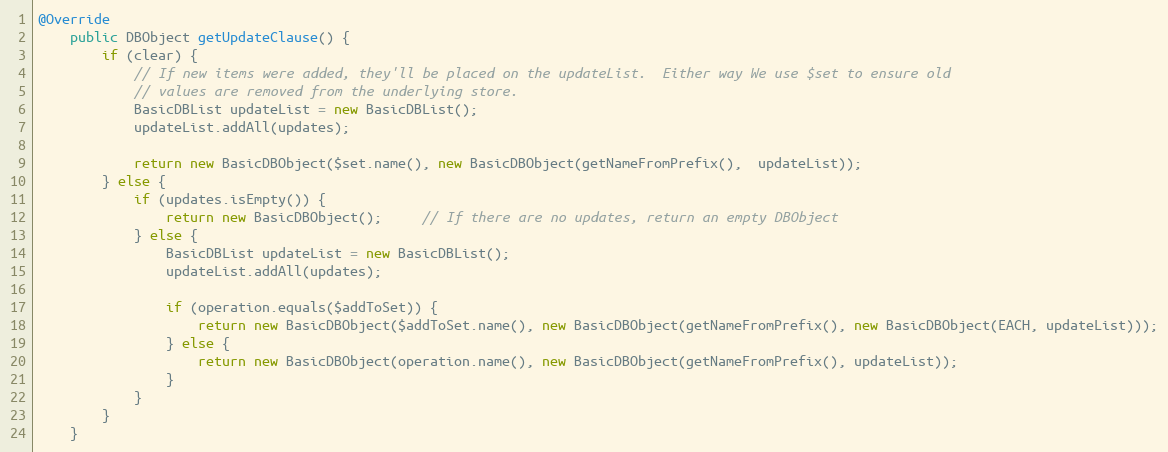
Language: Java
@Override
    public DBObject getUpdateClause() {
        if (clear) {
            // If new items were added, they'll be placed on the updateList.  Either way We use $set to ensure old
            // values are removed from the underlying store.
            BasicDBList updateList = new BasicDBList();
            updateList.addAll(updates);

            return new BasicDBObject($set.name(), new BasicDBObject(getNameFromPrefix(),  updateList));
        } else {
            if (updates.isEmpty()) {
                return new BasicDBObject();     // If there are no updates, return an empty DBObject
            } else {
                BasicDBList updateList = new BasicDBList();
                updateList.addAll(updates);

                if (operation.equals($addToSet)) {
                    return new BasicDBObject($addToSet.name(), new BasicDBObject(getNameFromPrefix(), new BasicDBObject(EACH, updateList)));
                } else {
                    return new BasicDBObject(operation.name(), new BasicDBObject(getNameFromPrefix(), updateList));
                }
            }
        }
    }